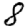
Digit: 8